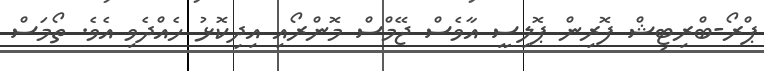
ޕްރޯ-ބްރިޓިޝް ފޮރިން ޕޮލިސީ އާވެސް ޖޭމްސް މޮންރޯއި އިދިކޮޅު ހެއްދެވި އެވެ. ތޯމަސް